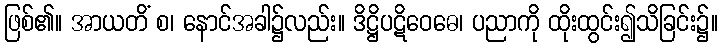
ဖြစ်၏။ အာယတိံ စ၊ နောင်အခါ၌လည်း။ ဒိဋ္ဌိပဋိဝေဓေ၊ ပညာကို ထိုးထွင်း၍သိခြင်း၌။